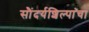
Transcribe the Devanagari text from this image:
सौंदर्यशिल्पांचा